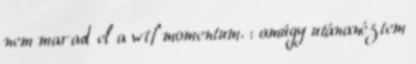
nem marad el a wtf momentum. : amúgy utánanéztem